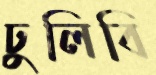
ঢুলিবি